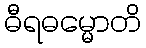
ဓီရဓမ္မောတိ